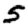
Digit: 5